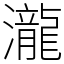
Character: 瀧